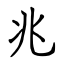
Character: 兆